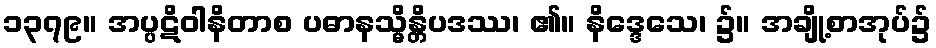
၁၃၇၉။ အပ္ပဋိဝါနိတာစ ပဓာနသ္မိန္တိပဒဿ၊ ၏။ နိဒ္ဒေသေ၊ ၌။ အချို့စာအုပ်၌